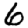
Digit: 6